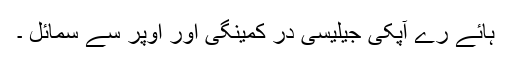
ہائے رے آّپکی جیلیسی در کمینگی اور اوپر سے سمائل ۔